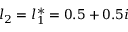
l _ { 2 } = l _ { 1 } ^ { * } = 0 . 5 + 0 . 5 i